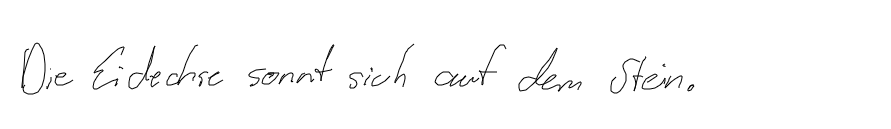
Die Eidechse sonnt sich auf dem Stein.